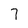
Character: 7